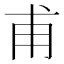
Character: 甫